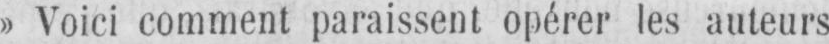
»Voici comment paraissent opérer les auteurs